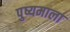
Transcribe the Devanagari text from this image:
पुष्यमाला